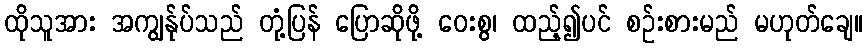
ထိုသူအား အကျွန်ုပ်သည် တုံ့ပြန် ပြောဆိုဖို့ ဝေးစွ၊ ထည့်၍ပင် စဉ်းစားမည် မဟုတ်ချေ။